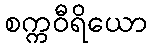
စက္ကဝီရိယော